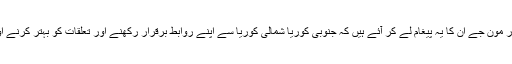
جنوبی کوریا کے وفد کے رکن چنگ نے ایک پریس کانفرنس میں کہا تھا کہ وہ صدر مون جے ان کا یہ پیغام لے کر آئے ہیں کہ جنوبی کوریا شمالی کوریا سے اپنے روابط برقرار رکھنے اور تعلقات کو بہتر کرنے اور جزیرہ نما کوریا کو جوہری ہتھیاروں سے پاک کرنے کے بارے میں پرعزم ہے۔